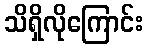
သိရှိလိုကြောင်း